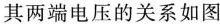
其两端电压的关系如图